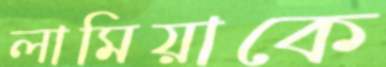
লামিয়াকে